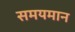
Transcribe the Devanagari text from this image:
समयमान